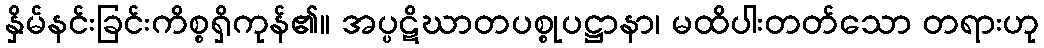
နှိမ်နင်းခြင်းကိစ္စရှိကုန်၏။ အပ္ပဋိဃာတပစ္စုပဋ္ဌာနာ၊ မထိပါးတတ်သော တရားဟု